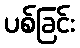
ပစ်ခြင်း